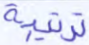
ترتيبة